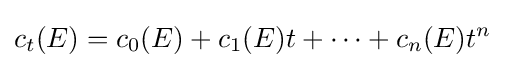
c_{t}(E)=c_{0}(E)+c_{1}(E)t+\cdots +c_{n}(E)t^{n}